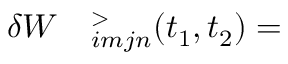
\begin{array} { r l } { \delta W } & { { } ^ > _ { i m j n } ( t _ { 1 } , t _ { 2 } ) = } \end{array}